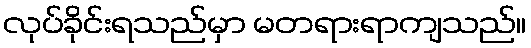
လုပ်ခိုင်းရသည်မှာ မတရားရာကျသည်။